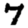
Digit: 7